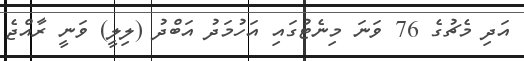
އަދި މެޗުގެ 76 ވަނަ މިނެޓުގައި އަހުމަދު އަބްދު (ލިލީ) ވަނީ ރާއްޖެ